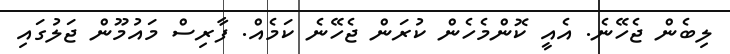
ލިބެން ޖެހޭނެ. އެއީ ކޮންމެހެން ކުރަން ޖެހޭނެ ކަމެއް. ފާރިސް މައުމޫން ޖަލުގައި